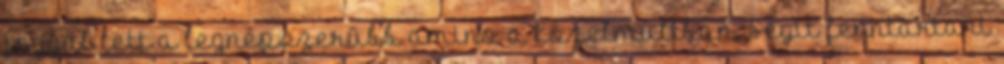
joggal lett a legnépszerûbb amino a közelmúltban. Segít fenntartani